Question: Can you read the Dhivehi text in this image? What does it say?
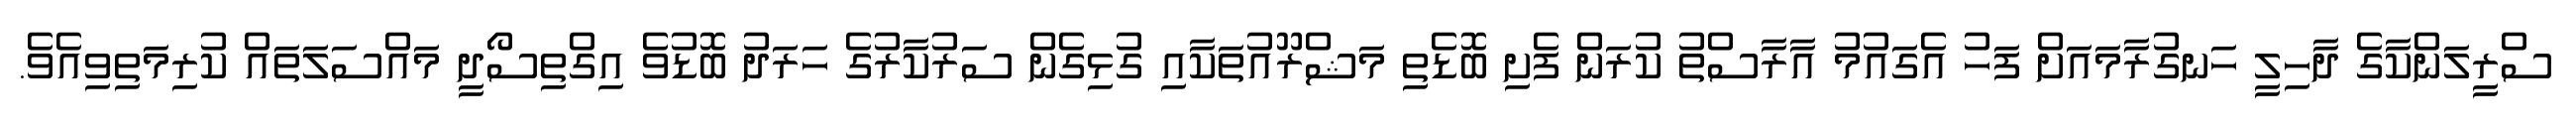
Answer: ސްރީލަންކާގެ ދާހިލީ ހަނގުރާމައަށް ފަހު އެގައުމު އާރާސްތު ކުރަން ފެށި ބޮޑެތި މަޝްރޫއުތަކާއި ގުޅިގެން ސަރުކާރުގެ ހަރަދު ބޮޑުވެ އިގްތިސޯދީ މައްސަލަތައް ކުރިމަތިވިއެވެ.